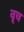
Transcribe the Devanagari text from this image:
वृच